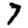
Digit: 7